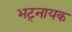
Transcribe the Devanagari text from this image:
भट्नायक